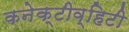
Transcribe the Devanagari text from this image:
कनेक्टीव्हिटी